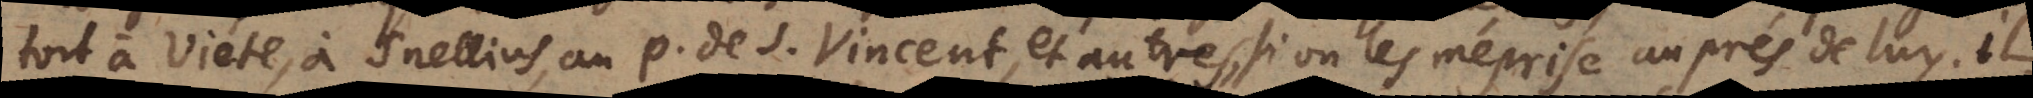
tort à Viete, à Snellius, au P. de S. Vincent autres, si on les me ´prise aupre ´s de luy,il